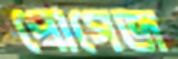
পোগেজ